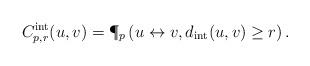
LaTeX: \begin{align*}C^\mathrm{int}_{p,r}(u,v) = \P_p\left( u \leftrightarrow v, d_\mathrm{int}(u,v)\geq r\right).\end{align*}